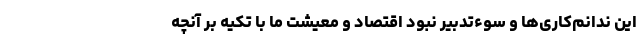
این ندانم‌کاری‌ها و سوءتدبیر نبود اقتصاد و معیشت ما با تکیه بر آنچه